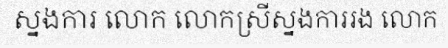
ស្នងការ លោក លោកស្រីស្នងការរង លោក